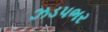
ઝડપભર